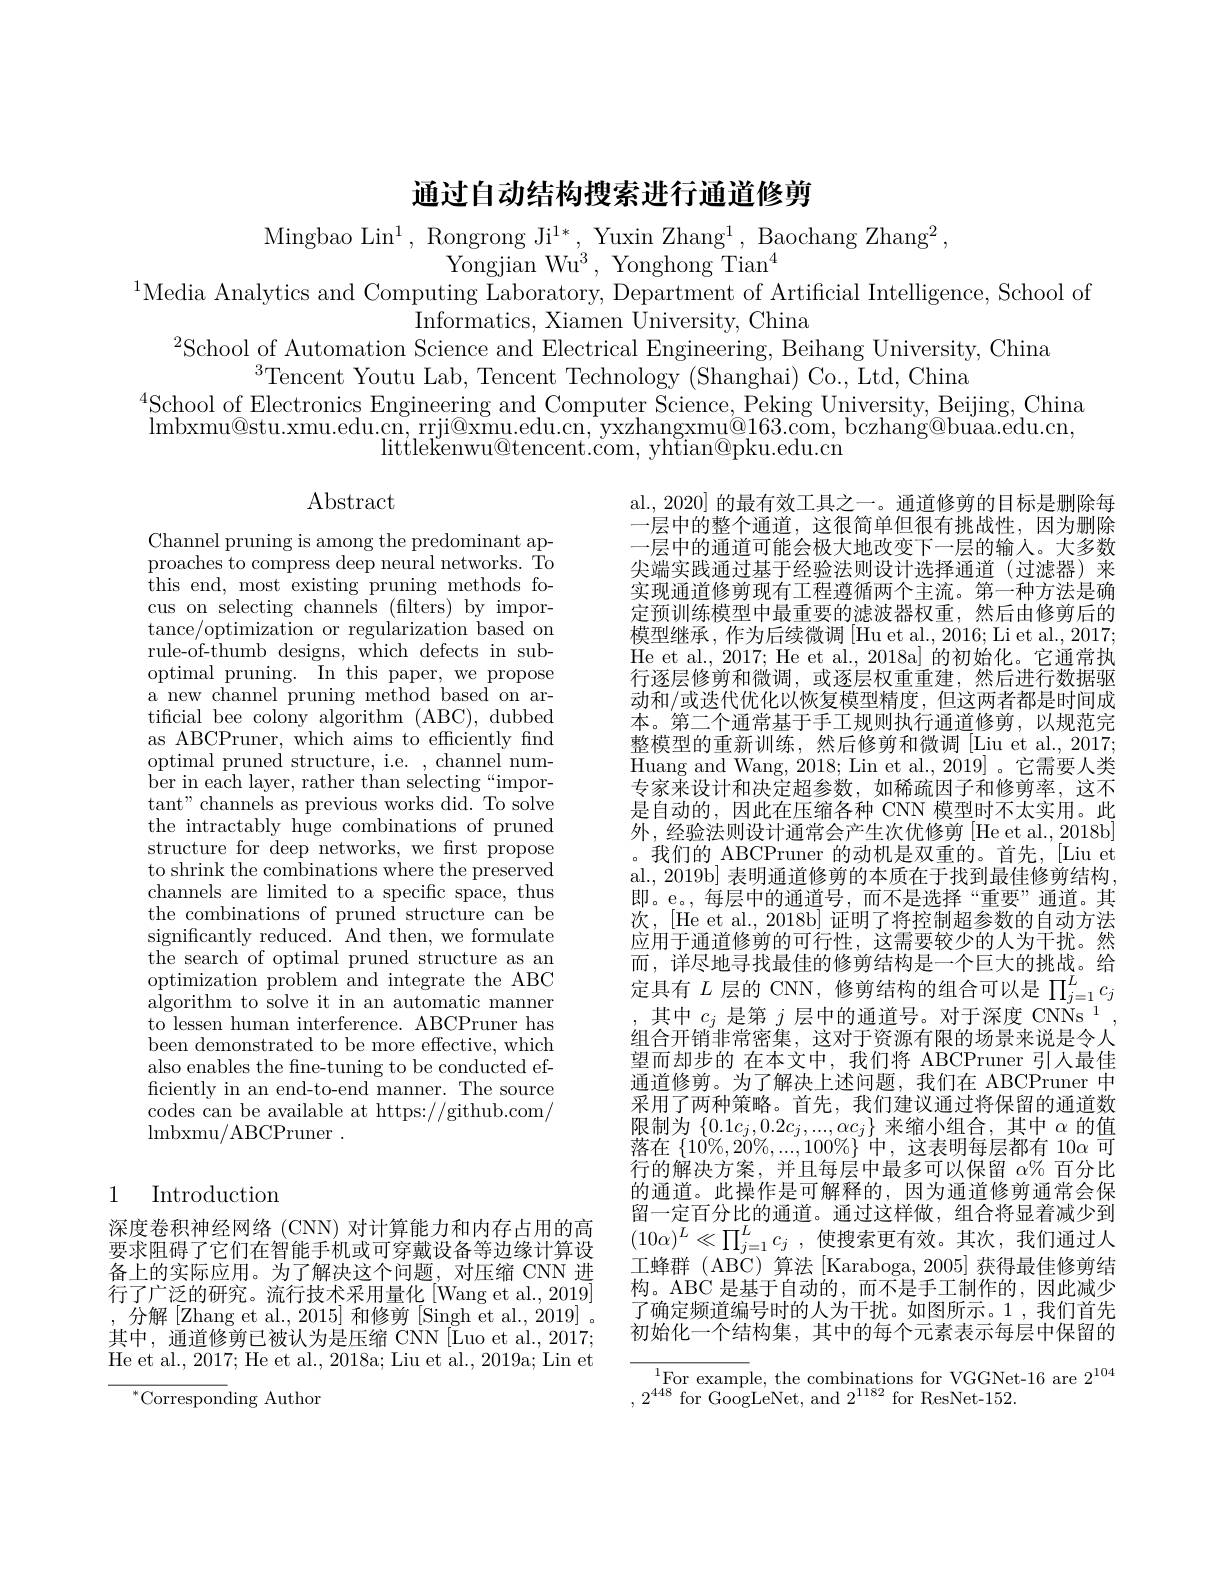
# 通过自动结构搜索进行通道修剪

Mingbao Lin$^1$,Rongrong Ji$^1*$, Yuxin Zhang$^1$, Baochang Zhang$^2$,
Yongjian Wu$^3$, Yonghong Tian$^4$
$^{1}$Media Analytics and Computing Laboratory, Department of Artificial Intelligence, School of
Informatics, Xiamen University, China
$^{2}$School of Automation Science and Electrical Engineering, Beihang University, China

$^{3}$Tencent Youtu Lab, Tencent Technology (Shanghai) Co., Ltd, China
$^{4}$School of Electronics Engineering and Computer Science, Peking University, Beijing, China $\operatorname*{lmbxmu@stu.xmu.edu.cn,~rrji@xmu.edu.cn,~yxzhangxmu@163.com,~bczhang@buaa.edu.cn,}$
littlekenwu@ tencent. com, yhtian@ pku. edu. cn

## Abstract

Channel pruning is among the predominant approaches to compress deep neural networks. To this end, most existing pruning methods focus on selecting channels (filters) by importance/optimization or regularization based on rule-of-thumb designs, which defects in suboptimal pruning. In this paper, we propose a new channel pruning method based on artificial bee colony algorithm (ABC), dubbed as ABCPruner, which aims to efficiently find $\mathop{\mathrm{optimal~pruned~structure,~i.e.~,~channel~num-}}$ ber in each layer, rather than selecting“important" channels as previous works did. To solve the intractably huge combinations of pruned structure for deep networks, we frst propose to shrink the combinations where the preserved channels are limited to a specific space, thus the combinations of pruned structure can be significantly reduced. And then, we formulate the search of optimal pruned structure as an optimization problem and integrate the ABC algorithm to solve it in an automatic manner to lessen human interference. ABCPruner has been demonstrated to be more effective, which also enables the fne-tuning to be conducted efficiently in an end-to-end manner. The source codes can be available at https://github.com/ $\operatorname{lmbxmu/ABCPruner}.$

al., 2020] 的最有效工具之一。通道修剪的目标是删除每一层中的整个通道，这很简单但很有挑战性，因为删除一层中的通道可能会极大地改变下一层的输入。大多数尖端实践通过基于经验法则设计选择通道(过滤器)来实现通道修剪现有工程遵循两个主流。第一种方法是确定预训练模型中最重要的滤波器权重，然后由修剪后的模型继承，作为后续微调[Hu et al., 2016; Li et al., 2017; He et al., 2017; He et al., 2018a] 的初始化。它通常执行逐层修剪和微调，或逐层权重重建，然后进行数据驱动和/或迭代优化以恢复模型精度，但这两者都是时间成本。第二个通常基于手工规则执行通道修剪，以规范完整模型的重新训练，然后修剪和微调[Liu et al.,2017; Huang and Wang, 2018; Lin et al., 2019]。它需要人类专家来设计和决定超参数，如稀疏因子和修剪率，这不是自动的，因此在压缩各种 CNN 模型时不太实用。此外，经验法则设计通常会产生次优修剪 [He et al., 2018b] 我们的 ABCPruner 的动机是双重的。首先，[Liu et] al., 2019b] 表明通道修剪的本质在于找到最佳修剪结构， 即。e。,每层中的通道号，而不是选择“重要”通道。其次，[He et al., 2018b] 证明了将控制超参数的自动方法应用于通道修剪的可行性，这需要较少的人为干扰。然而，详尽地寻找最佳的修剪结构是一个巨大的挑战。给定具有$L$层的 CNN,修剪结构的组合可以是$\prod_{j=1}^Lc_j$ 其中$c_j$是第$j$层中的通道号。对于深度 CNNs 1, 组合开销非常密集，这对于资源有限的场景来说是令人望而却步的 在本文中，我们将 ABCPruner 引人最佳通道修剪。为了解决上述问题，我们在 ABCPruner 中采用了两种策略。首先，我们建议通过将保留的通道数限制为$\left\{0.1c_{j},0.2c_{j},...,\alpha c_{j}\right\}$来缩小组合，其中$\alpha$的值落在$\{10\%,20\%,...,100\%\}$中，这表明每层都有 10$\alpha$可行的解决方案，并且每层中最多可以保留$\alpha\%$百分比的通道。此操作是可解释的，因为通道修剪通常会保留一定百分比的通道。通过这样做，组合将显着减少到$( 10\alpha ) ^{L}\ll \prod _{j= 1}^{L}c_j$ ,使搜索更有效。其次，我们通过人工蜂群(ABC)算法[Karaboga,2005]获得最佳修剪结构。ABC 是基于自动的，而不是手工制作的，因此减少了确定频道编号时的人为干扰。如图所示。1 ,我们首先初始化一个结构集，其中的每个元素表示每层中保留的${\overline{{^{1}}}\text{For examp}}$le, the combinations for VGGNet-16 are 2$^{104}$

# 1 Introduction

深度卷积神经网络 (CNN) 对计算能力和内存占用的高要求阻碍了它们在智能手机或可穿戴设备等边缘计算设备上的实际应用。为了解决这个问题，对压缩 CNN 进行了广泛的研究。流行技术采用量化[Wang et al., 2019] ,分解[Zhang et al., 2015] 和修剪 [Singh et al., 2019] 。其中，通道修剪已被认为是压缩 CNN[Luo et al.,2017; He et al., 2017; He et al., 2018a; Liu et al., 2019a; Lin et

$,2^{448}$for GoogLeNet, and $2^1182$ for ResNet-152.

$^{*}$Corresponding Author